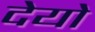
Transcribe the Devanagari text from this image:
देयो